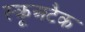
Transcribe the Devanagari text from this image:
स्क्रूअटैक